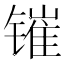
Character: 𰾰